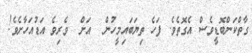
ގާތްކަންބޮޑީވެސް އެގޮތެވެ. ފަހެ ތިޔަބައިމީހުން  އަށް  ވެރިވެ އަޑުއަހާށެވެ!